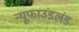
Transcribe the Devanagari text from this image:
न्यूफाउंडलंड